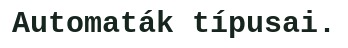
Automaták típusai.